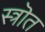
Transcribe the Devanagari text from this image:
स्त्रॊत